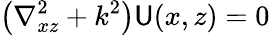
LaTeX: \left(\nabla_{xz}^{2}+k^{2}\right)\mathsf{U}(x,z)=0